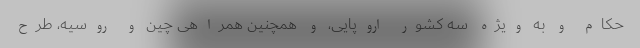
حکام و به ویژه سه کشور اروپایی، و همچنین همراهی چین و روسیه، طرح